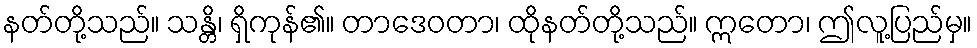
နတ်တို့သည်။ သန္တိ၊ ရှိကုန်၏။ တာဒေဝတာ၊ ထိုနတ်တို့သည်။ ဣတော၊ ဤလူ့ပြည်မှ။